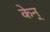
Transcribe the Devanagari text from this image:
केन्